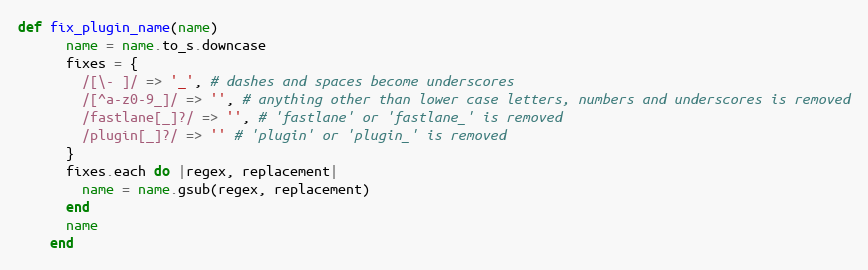
Language: Ruby
def fix_plugin_name(name)
      name = name.to_s.downcase
      fixes = {
        /[\- ]/ => '_', # dashes and spaces become underscores
        /[^a-z0-9_]/ => '', # anything other than lower case letters, numbers and underscores is removed
        /fastlane[_]?/ => '', # 'fastlane' or 'fastlane_' is removed
        /plugin[_]?/ => '' # 'plugin' or 'plugin_' is removed
      }
      fixes.each do |regex, replacement|
        name = name.gsub(regex, replacement)
      end
      name
    end